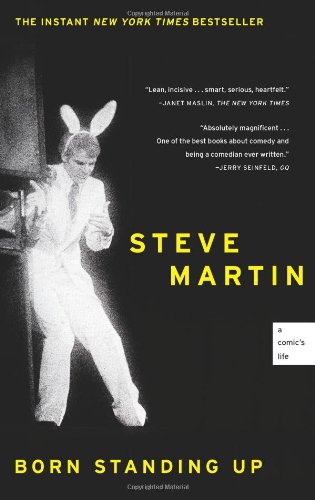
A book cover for Born Standing Up: A Comic's Life; Steve Martin; Humor & Entertainment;